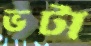
ভটা